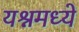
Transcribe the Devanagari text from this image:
यश्नमध्ये